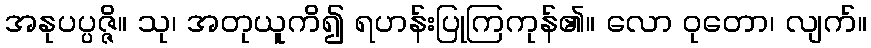
အနုပပ္ပဇ္ဇိ။ သု၊ အတုယူကိ၍ ရဟန်းပြုကြကုန်၏။ လော ဝုတော၊ လျက်။